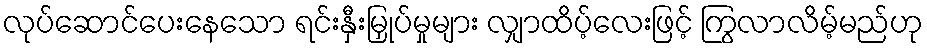
လုပ်ဆောင်ပေးနေသော ရင်းနှီးမြှုပ်မှုများ လျှာထိပ့်လေးဖြင့် ကြွလာလိမ့်မည်ဟု